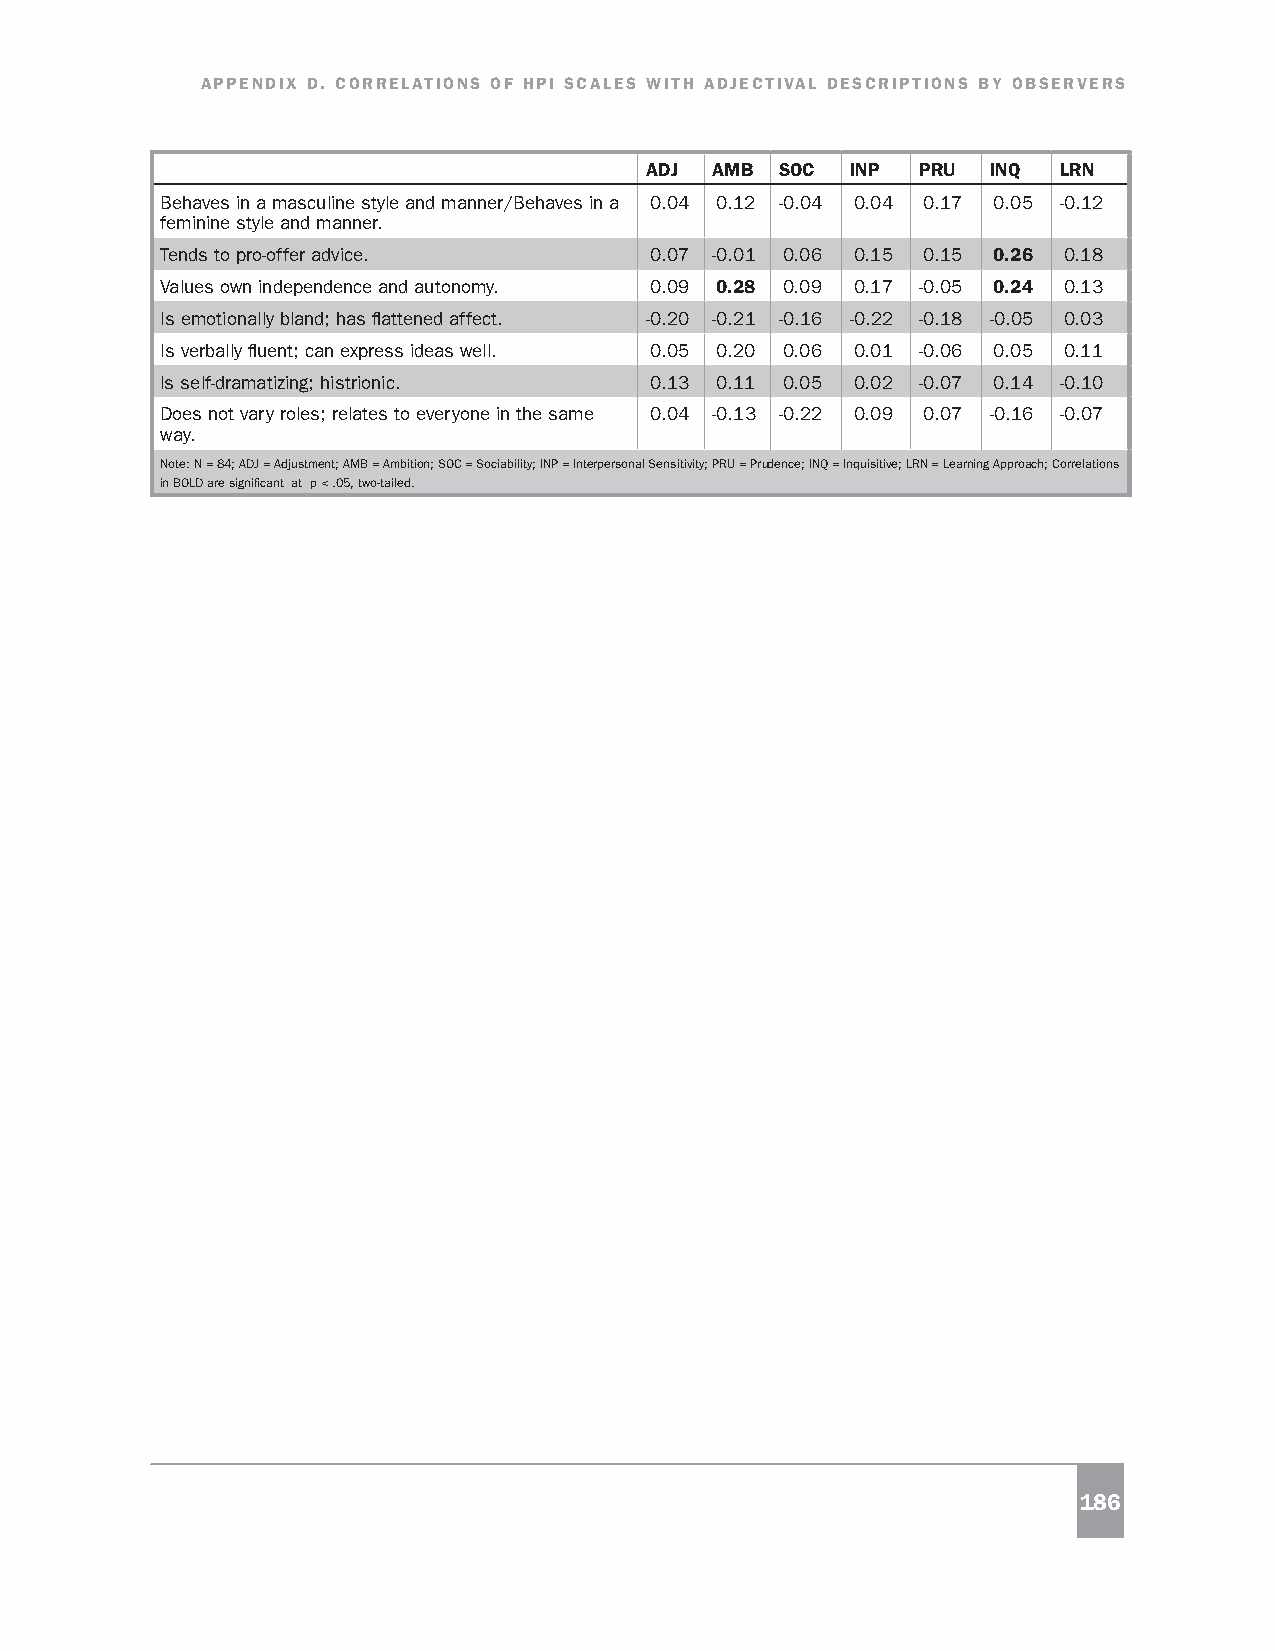
APPENDIX D. CORRELATIONS OF HPI SCALES WITH ADJECTIVAL DESCRIPTIONS BY OBSERVERS
 ADJ AMB  SOC INP  PRU  INQ LRN
 Behaves in a masculine style and manner/Behaves in a 0.04 0.12 -0.04 0.04 0.17 0.05 -0.12
 feminine style and manner.
 Tends to pro-offer advice.      0.07 -0.01 0.06 0.15 0.15 0.26 0.18
 Values own independence and autonomy. 0.09 0.28 0.09 0.17 -0.05 0.24 0.13
 Is emotionally bland; has flattened affect. -0.20 -0.21 -0.16 -0.22 -0.18 -0.05 0.03
 Is verbally fluent; can express ideas well. 0.05 0.20 0.06 0.01 -0.06 0.05 0.11
 Is self-dramatizing; histrionic. 0.13 0.11 0.05 0.02 -0.07 0.14 -0.10
 Does not vary roles; relates to everyone in the same 0.04 -0.13 -0.22 0.09 0.07 -0.16 -0.07
 way.
 Note: N = 84; ADJ = Adjustment; AMB = Ambition; SOC = Sociability; INP = Interpersonal Sensitivity; PRU = Prudence; INQ = Inquisitive; LRN = Learning Approach; Correlations
 in BOLD are significant at p < .05, two-tailed.
 186